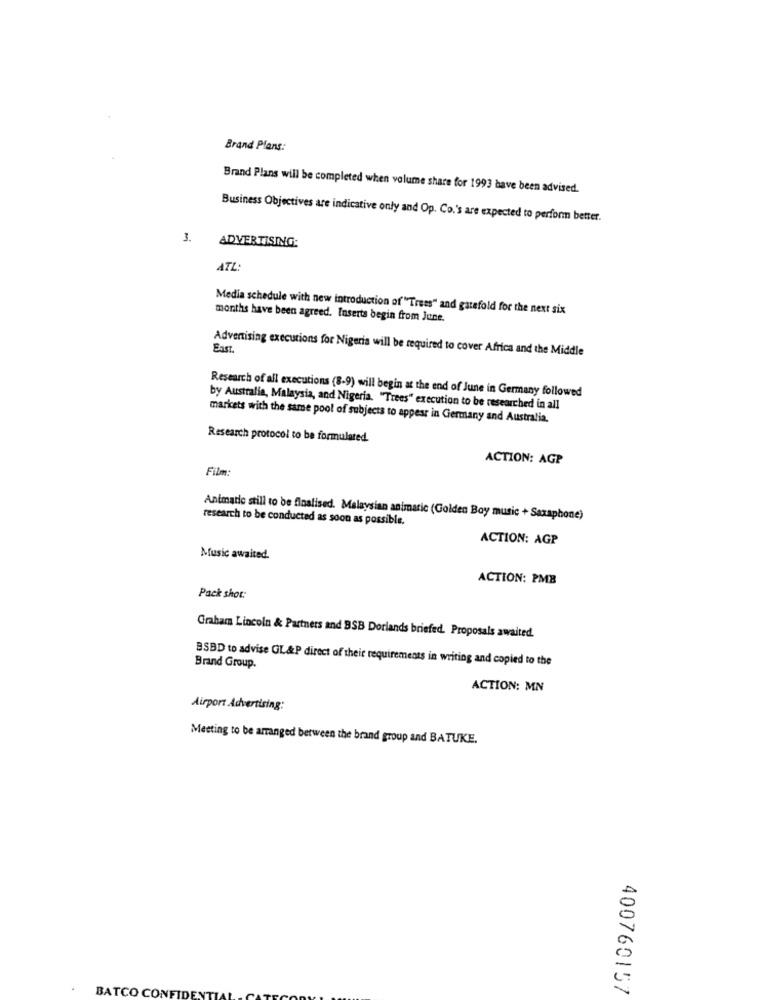
Brand Plans:
Brand Plans will be completed when volume share for 1993 have been advised.
Business Objectives are indicative only and Op. Co.'s are expected to perform better.
3.
ADVERTISING:
ATL
Media schedule with new introduction of "Trees" and gatefold for the next six
months have been agreed. Inserts begin from June.
East.
Advertising executions for Nigeria will be required to cover Africa and the Middle
Research of all executions (8-9) will begin at the end of June in Germany followed
by Australia, Malaysia, and Nigeria, "Trees" execution to be researched in all
markets with the same pool of subjects to appear in Germany and Australia.
Research protocol to be formulated.
ACTION: AGP
Film:
research to be conducted as soon as possible.
Animatie still to be finalised. Malaysian animaric (Golden Boy music + Saxaphone)
ACTION: AGP
Music awaited.
ACTION: PMB
Pack shot:
Graham Lincoln & Partners and BSB Doriands briefed. Proposals awaited.
BSBD to advise GL&P direct of their requirements in writing and copied to the
Brand Group.
ACTION: MN
Airport Advertising:
Meeting to be arranged between the brand group and BATUKE.
400760157
BATCO CONFIDEN